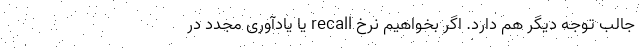
جالب توجه دیگر هم دارد. اگر بخواهیم نرخ recall یا یادآوری مجدد در